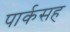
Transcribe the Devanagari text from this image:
पार्कसह